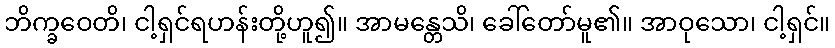
ဘိက္ခဝေတိ၊ ငါ့ရှင်ရဟန်းတို့ဟူ၍။ အာမန္တေသိ၊ ခေါ်တော်မူ၏။ အာဝုသော၊ ငါ့ရှင်။